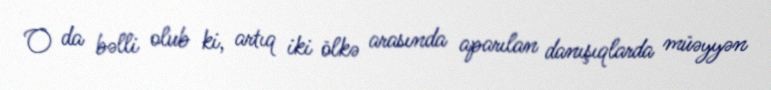
O da bəlli olub ki, artıq iki ölkə arasında aparılan danışıqlarda müəyyən